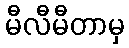
မီလီမီတာမှ